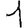
Digit: 1